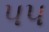
પ૫